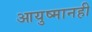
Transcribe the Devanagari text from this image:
आयुष्मानही